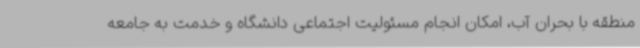
منطقه با بحران آب، امکان انجام مسئولیت اجتماعی دانشگاه و خدمت به جامعه